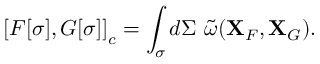
\left[ { F [ \sigma ] , G [ \sigma ] } \right] _ { c } = \int _ { \sigma } { d \Sigma \ \tilde { \omega } ( { \bf X } _ { F } , { \bf X } _ { G } ) } .